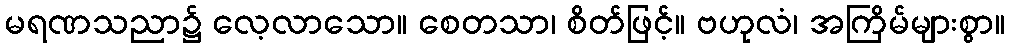
မရဏသညာ၌ လေ့လာသော။ စေတသာ၊ စိတ်ဖြင့်။ ဗဟုလံ၊ အကြိမ်များစွာ။